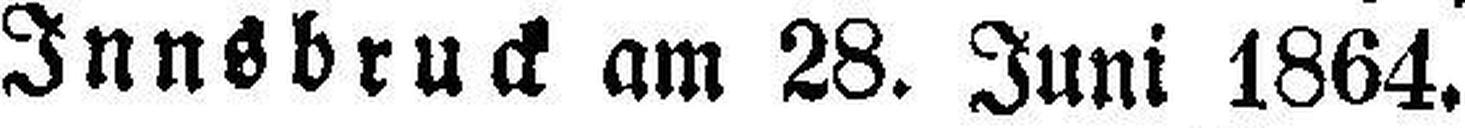
Innsbruck am 28. Juni 1864.